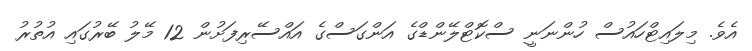
އެވެ. މިލައިޓްހައުސް ހުންނަނީ ސްކޮޓްލޭންޑްގެ އަންގަސްގެ އައްސޭރިފަށުން 12 މޭލު ބޭރުގައި އުތުރު